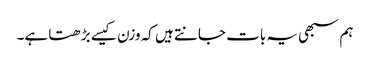
ہم سبھی یہ بات جانتے ہیں کہ وزن کیسے بڑھتا ہے۔